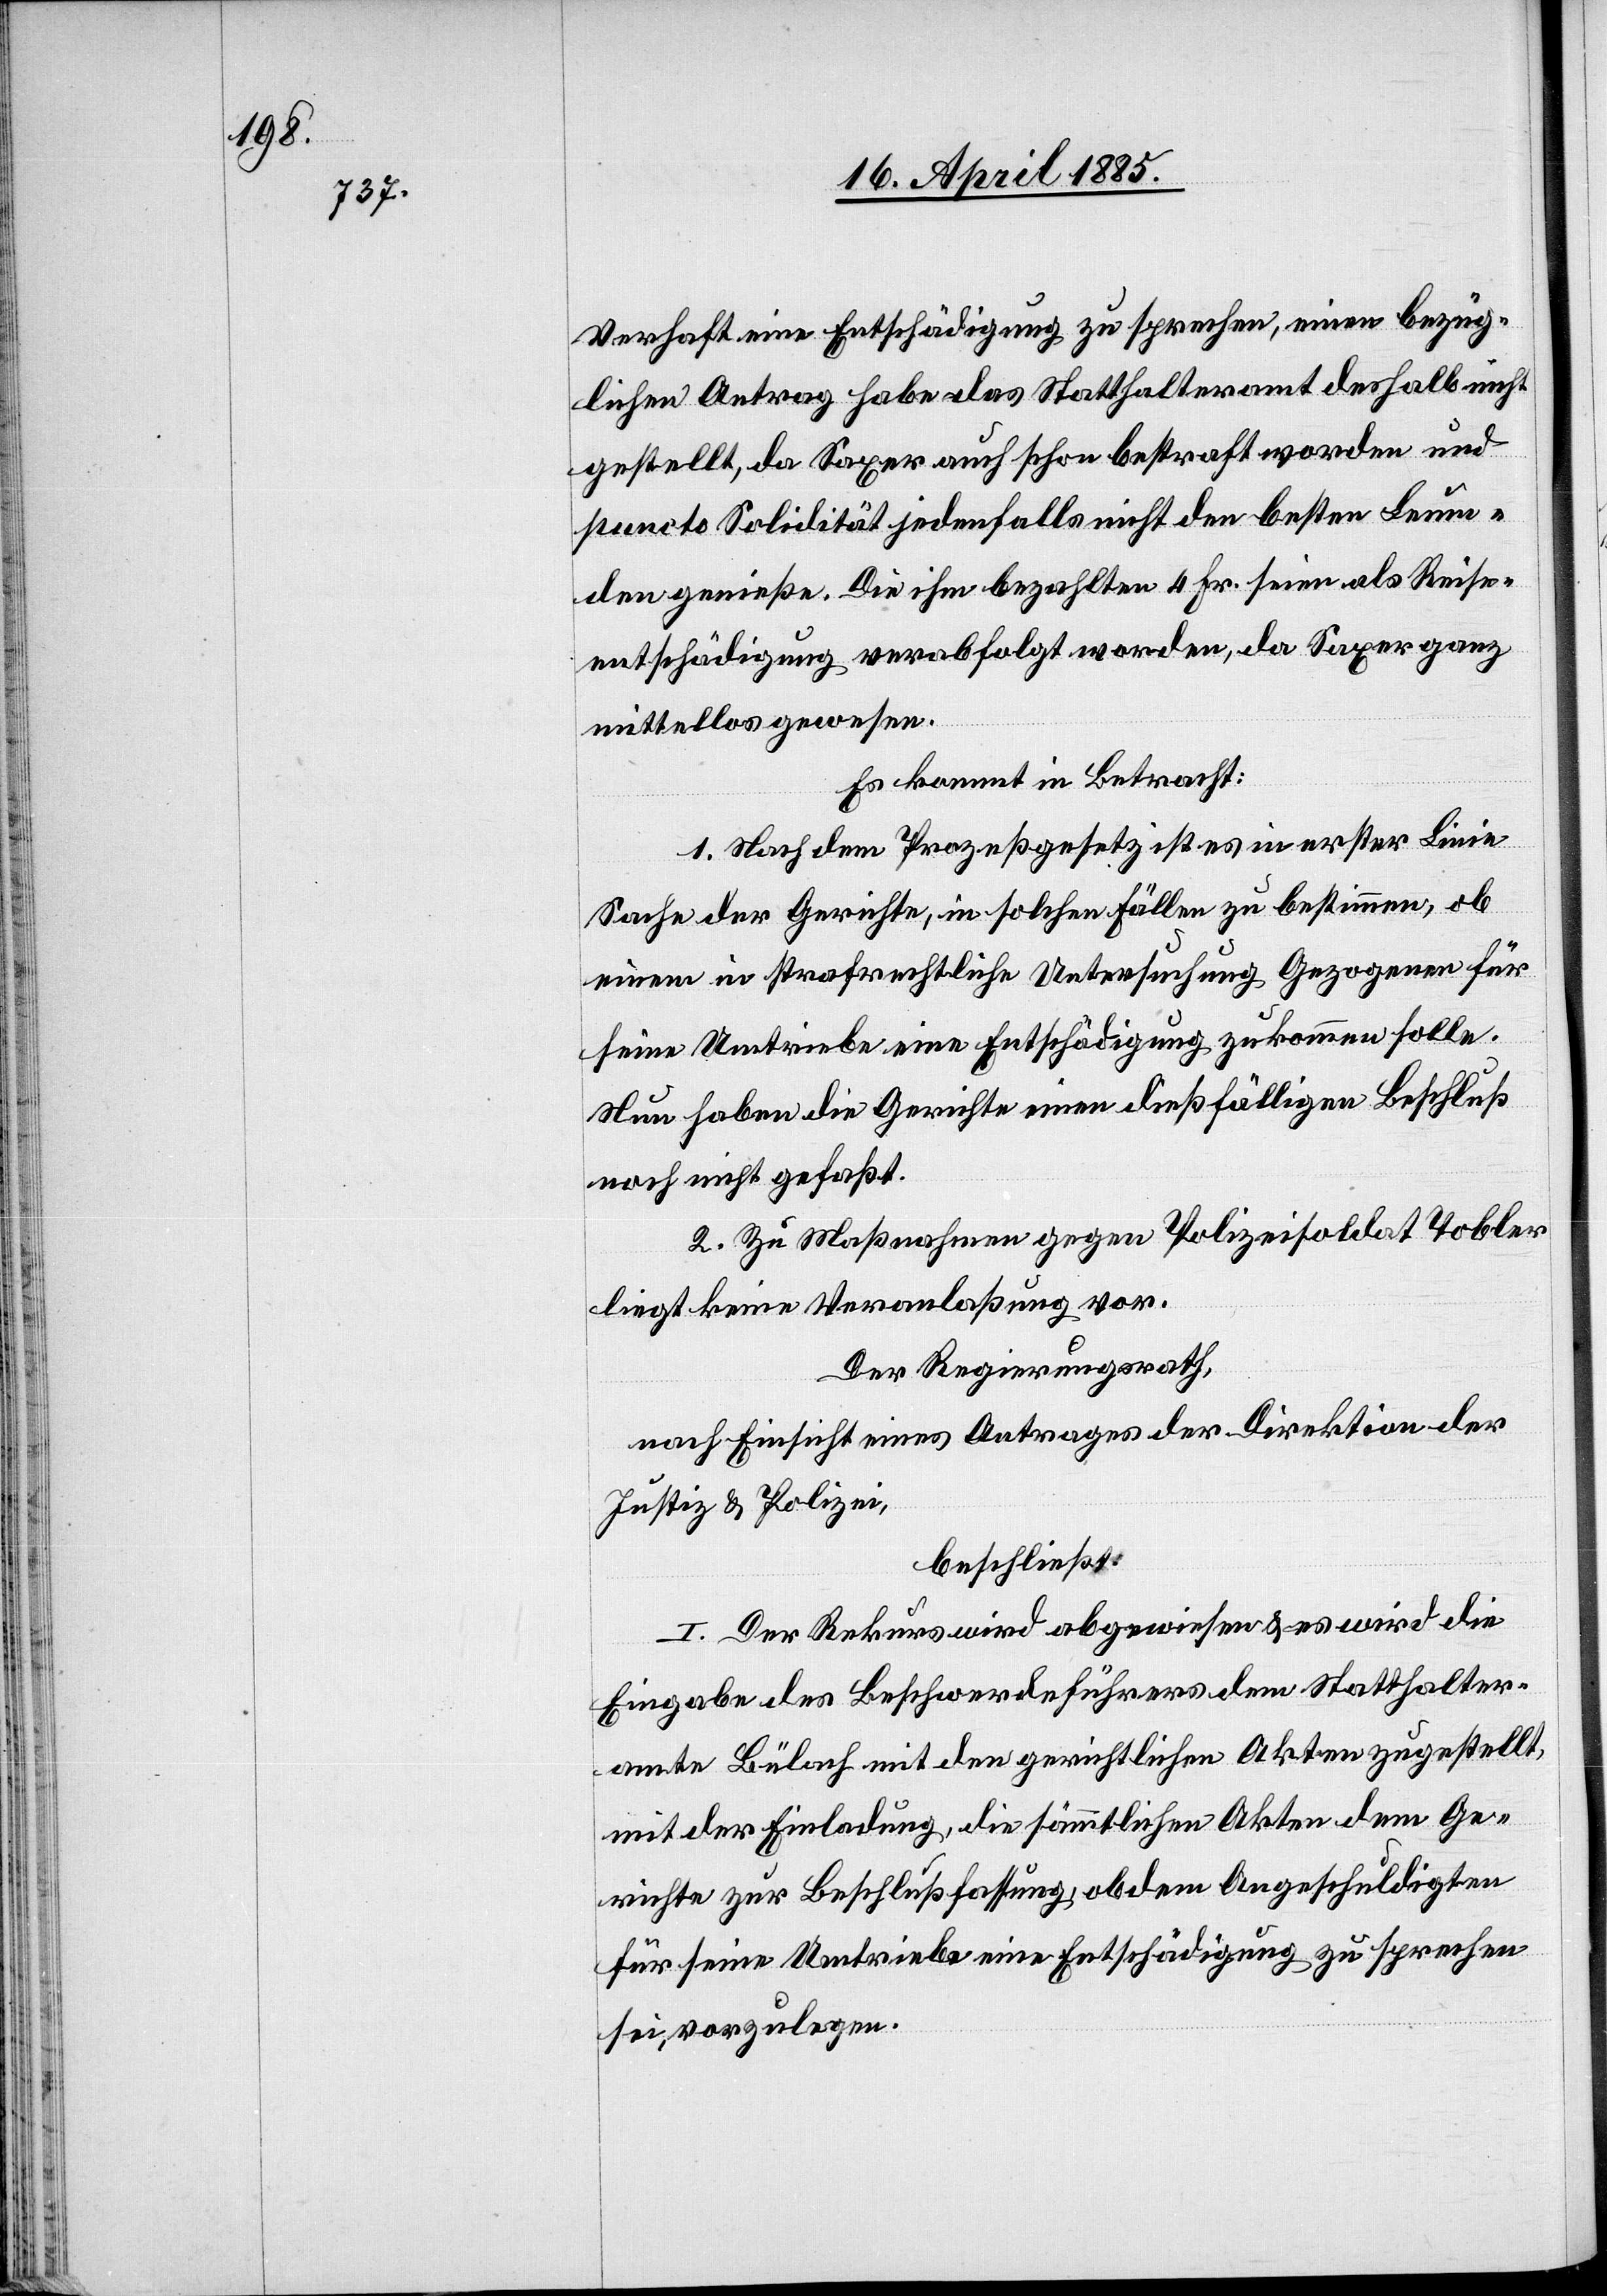
Verhaft eine Entschädigung zu sprechen, einen bezüg¬
lichen Antrag habe das Statthalteramt deshalb nicht
gestellt, da Saxer auch schon bestraft worden und
puncto Solidität jedenfalls nicht den besten Leum¬
den genieße. Die ihm bezahlten 4 Fr. seien als Reise¬
entschädigung verabfolgt worden, da Saxer ganz
mittellos gewesen.
Es kommt in Betracht:
1. Nach dem Prozeßgesetz ist es in erster Linie
Sache der Gerichte, in solchen Fällen zu bestimmen, ob
einem in strafrechtliche Untersuchung Gezogenen für
seine Umtriebe eine Entschädigung zukommen solle.
Nun haben die Gerichte einen dießfälligen Beschluß
noch nicht gefaßt.
2. Zu Maßnahmen gegen Polizeisoldat Tobler
liegt keine Veranlaßung vor.
Der Regierungsrath,
nach Einsicht eines Antrages der Direktion der
Justiz & Polizei,
beschließt:
I. Der Rekurs wird abgewiesen & es wird die
Eingabe des Beschwerdeführers dem Statthalter¬
amte Bülach mit den gerichtlichen Akten zugestellt,
mit der Einladung, die sämmtlichen Akten dem Ge¬
richte zur Beschlußfassung, ob dem Angeschuldigten
für seine Umtriebe eine Entschädigung zu [zu]sprechen
sei, vorzulegen.